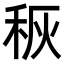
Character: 𮃃